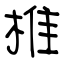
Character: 椎